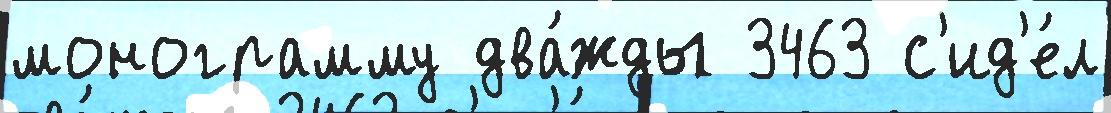
монограмму два́жды 3463 с'ид'е́л